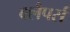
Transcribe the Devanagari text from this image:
क्लैपर्स